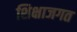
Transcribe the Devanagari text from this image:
शिक्षाजगत